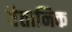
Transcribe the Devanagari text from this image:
वैतानिक